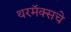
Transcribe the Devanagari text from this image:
थरमॅक्सचे